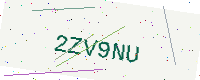
Text: 2ZV9NU